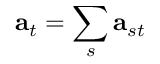
\mathbf { a } _ { t } = \sum _ { s } \mathbf { a } _ { s t }